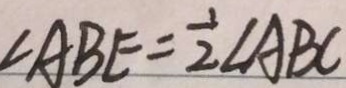
\angle A B E = \frac { 1 } { 2 } \angle A B C